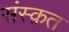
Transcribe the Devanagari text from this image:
संस्‍क़त